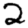
Digit: 2